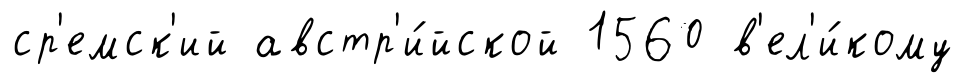
ср'емск'ий австр'и́йской 1560 в'ел'и́кому